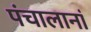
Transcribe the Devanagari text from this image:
पंचालानां